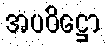
အပဝိဋ္ဌော